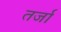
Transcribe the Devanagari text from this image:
तर्जा